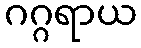
ဂဂ္ဂရာယ